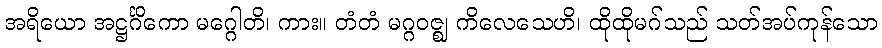
အရိယော အဋ္ဌင်္ဂိကော မဂ္ဂေါတိ၊ ကား။ တံတံ မဂ္ဂဝဇ္ဈ ကိလေသေဟိ၊ ထိုထိုမဂ်သည် သတ်အပ်ကုန်သော